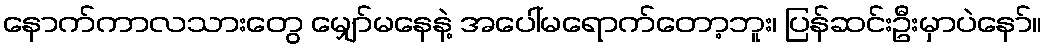
နောက်ကာလသားတွေ မျှော်မနေနဲ့ အပေါ်မရောက်တော့ဘူး၊ ပြန်ဆင်းဦးမှာပဲနော်။